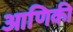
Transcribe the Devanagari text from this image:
आणिकी